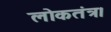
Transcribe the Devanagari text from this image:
लोकतंत्र।